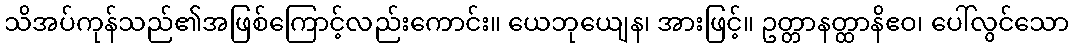
သိအပ်ကုန်သည်၏အဖြစ်ကြောင့်လည်းကောင်း။ ယေဘုယျေန၊ အားဖြင့်။ ဥတ္တာနတ္ထာနိဧဝ၊ ပေါ်လွင်သော